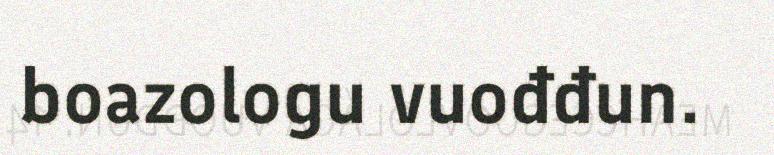
boazologu vuođđun.